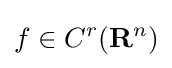
f\in C^{r}(\mathbf {R} ^{n})